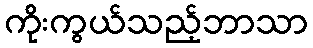
ကိုးကွယ်သည့်ဘာသာ